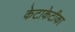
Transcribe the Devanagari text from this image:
केटाकेटीका